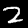
Digit: 2